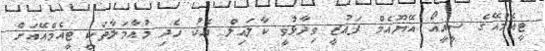
ޓީއެމްއޭގެ ސީއީއޯ އޭޔޫއެމް ފައުޒީ ވިދާޅުވީ ކާލައިލް އެކު ހެދި މުއާމަލާތަކީ ޓީއެމްއޭއަށް